Vaccination in Bombay 1924-1928 - 1924-1928
Year: 1924
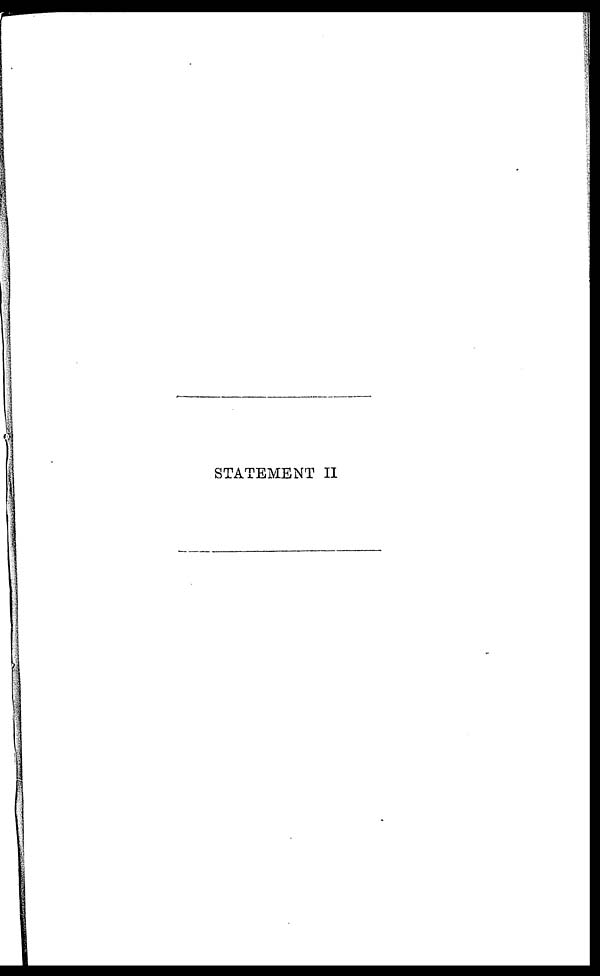
STATEMENT II